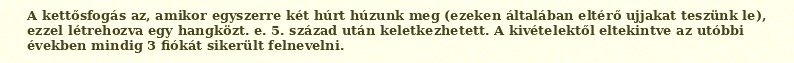
A kettősfogás az, amikor egyszerre két húrt húzunk meg (ezeken általában eltérő ujjakat teszünk le), ezzel létrehozva egy hangközt. e. 5. század után keletkezhetett. A kivételektől eltekintve az utóbbi években mindig 3 fiókát sikerült felnevelni.